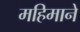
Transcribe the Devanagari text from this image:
महिमाने